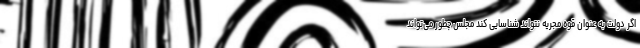
اگر دولت به عنوان قوه مجریه نتواند شناسایی کند مجلس چطور می‌تواند